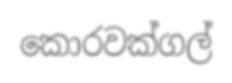
කොරවක්ගල්